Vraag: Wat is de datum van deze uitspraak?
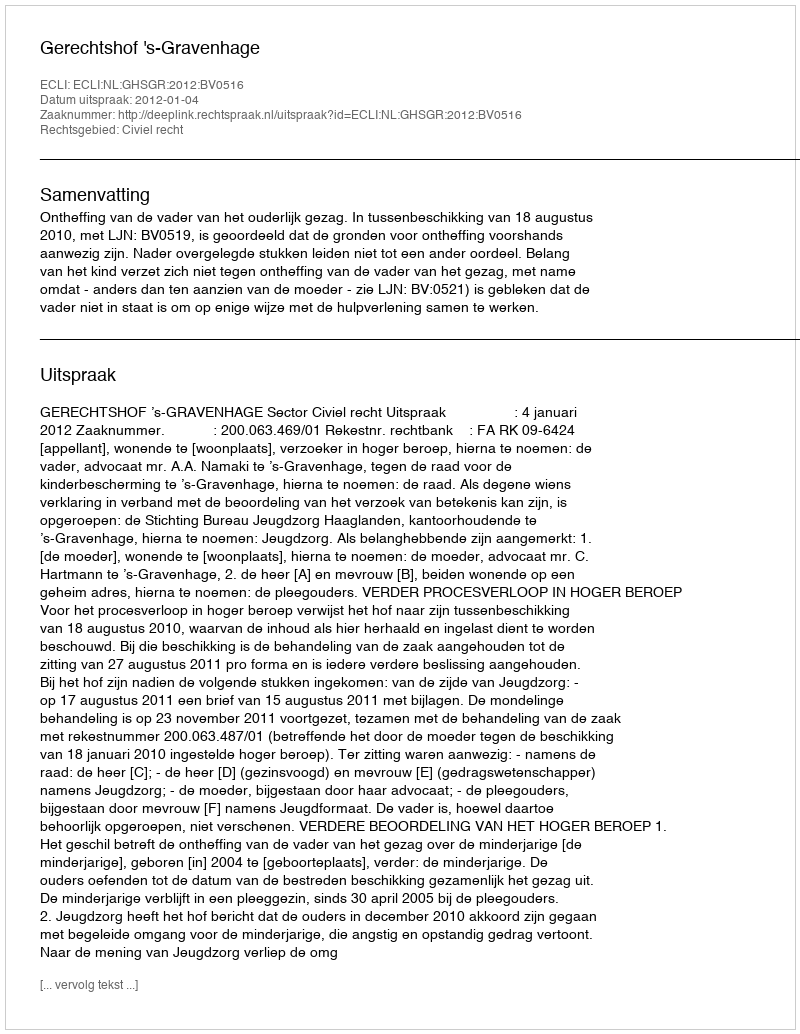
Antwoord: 2012-01-04